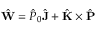
\hat { \mathbf { W } } = \hat { P } _ { 0 } \hat { \mathbf { J } } + \hat { \mathbf { K } } \times \hat { \mathbf { P } }